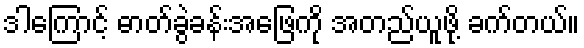
ဒါကြောင့် ဓာတ်ခွဲခန်းအဖြေကို အတည်ယူဖို့ ခက်တယ်။